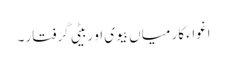
اغواء کار میاں بیوی او ربیٹی گرفتار ۔